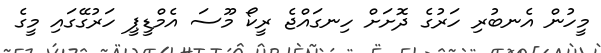
މީހުން އެނބުރި ހަރުގެ ދޮށަށް ހިނގައްޖެ ރީކޯ މޫސަ އެމްޑީޕީ ހަރުގޭގައި މީގެ